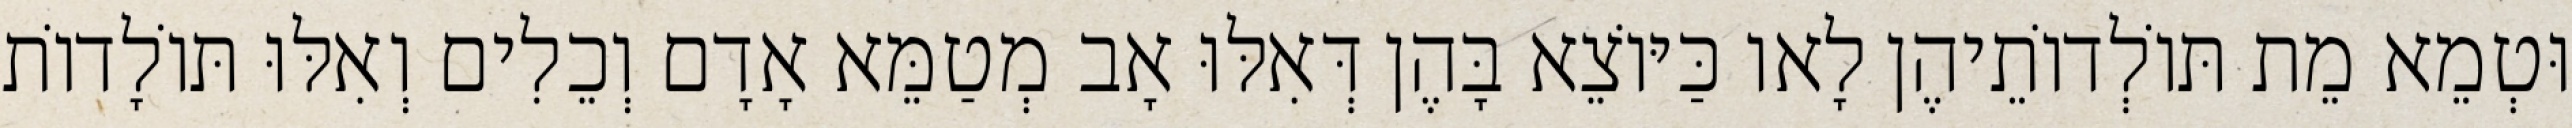
וּטְמֵא מֵת תּוֹלְדוֹתֵיהֶן לָאו כַּיּוֹצֵא בָּהֶן דְּאִלּוּ אָב מְטַמֵּא אָדָם וְכֵלִים וְאִלּוּ תּוֹלָדוֹת